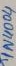
Text: IN4004